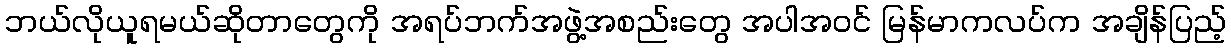
ဘယ်လိုယူရမယ်ဆိုတာတွေကို အရပ်ဘက်အဖွဲ့အစည်းတွေ အပါအဝင် မြန်မာကလပ်က အချိန်ပြည့်